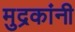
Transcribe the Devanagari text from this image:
मुद्रकांनी